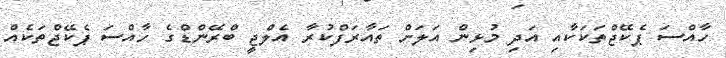
ހާއްސަ ޕެކޭޖްތަކަކާއި އަދި މުޅިން އަލަށް ތައާރަފްކުރާ އެލްޖީ ބްރޭންޑްގެ ހާއްސަ ޕެކޭޖްތަކެއް